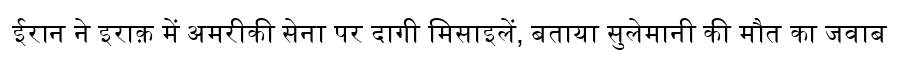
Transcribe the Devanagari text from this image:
ईरान ने इराक़ में अमरीकी सेना पर दागी मिसाइलें, बताया सुलेमानी की मौत का जवाब